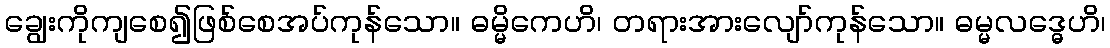
ချွေးကိုကျစေ၍ဖြစ်စေအပ်ကုန်သော။ ဓမ္မိကေဟိ၊ တရားအားလျော်ကုန်သော။ ဓမ္မလဒ္ဓေဟိ၊